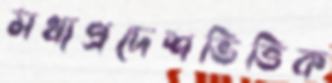
মধ্যপ্রদেশভিত্তিক